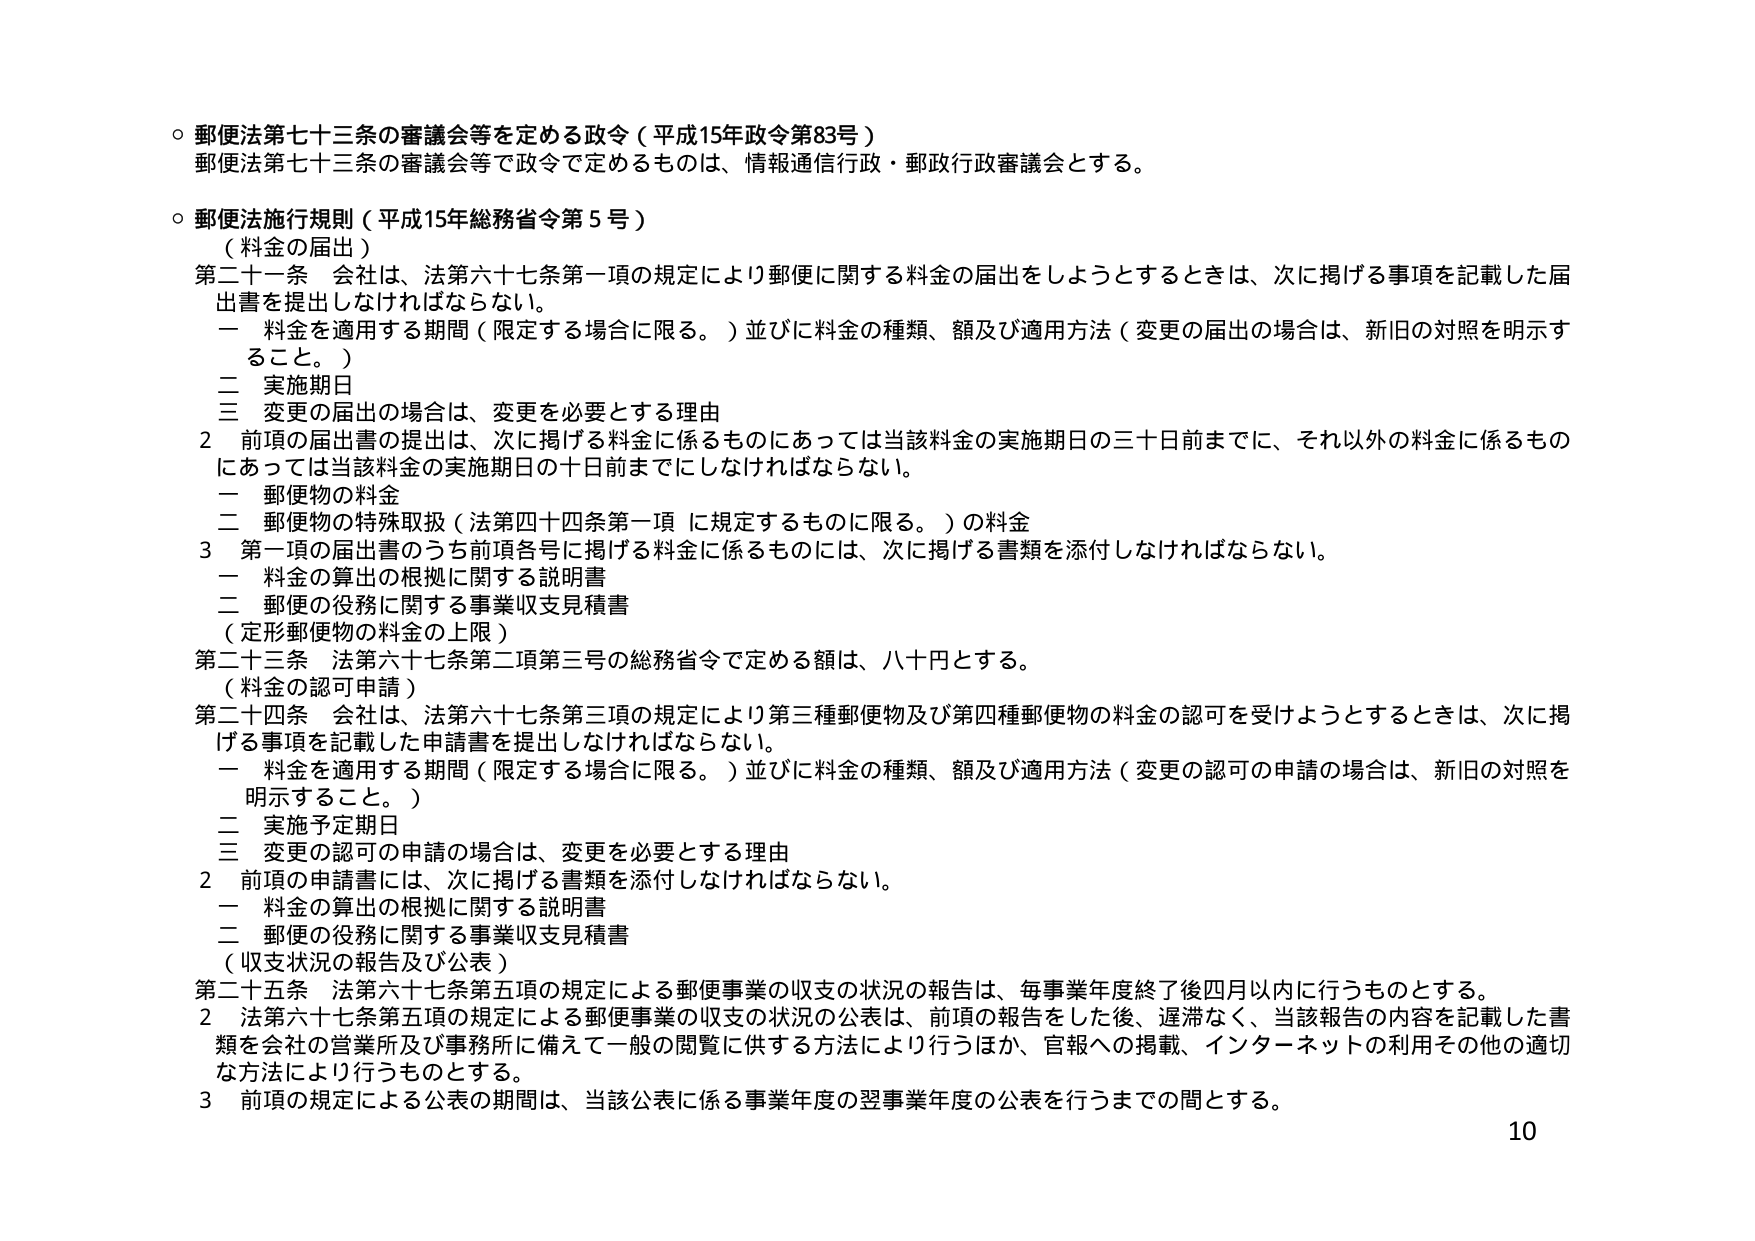
○ 郵便法第七十三条の審議会等を定める政令（平成15年政令第83号）
郵便法第七十三条の審議会等で政令で定めるものは、情報通信行政・郵政行政審議会とする。

○ 郵便法施行規則（平成15年総務省令第5号）
（料金の届出）
第二十一条 会社は、法第六十七条第一項の規定により郵便に関する料金の届出をしようとするときは、次に掲げる事項を記載した届出書を提出しなければならない。
　一 料金を適用する期間（限定する場合に限る。）並びに料金の種類、額及び適用方法（変更の届出の場合は、新旧の対照を明示すること。）
　二 実施期日
　三 変更の届出の場合は、変更を必要とする理由
2 前項の届出書の提出は、次に掲げる料金に係るものにあっては当該料金の実施期日の三十日前までに、それ以外の料金に係るものにあっては当該料金の実施期日の十日前までにしなければならない。
　一 郵便物の料金
　二 郵便物の特殊取扱（法第四十四条第一項に規定するものに限る。）の料金
3 第一項の届出書のうち前項各号に掲げる料金に係るものには、次に掲げる書類を添付しなければならない。
　一 料金の算出の根拠に関する説明書
　二 郵便の役務に関する事業収支見積書
（定形郵便物の料金の上限）
第二十三条 法第六十七条第二項第三号の総務省令で定める額は、八十円とする。
（料金の認可申請）
第二十四条 会社は、法第六十七条第三項の規定により第三種郵便物及び第四種郵便物の料金の認可を受けようとするときは、次に掲げる事項を記載した申請書を提出しなければならない。
　一 料金を適用する期間（限定する場合に限る。）並びに料金の種類、額及び適用方法（変更の認可の申請の場合は、新旧の対照を明示すること。）
　二 実施予定期日
　三 変更の認可の申請の場合は、変更を必要とする理由
2 前項の申請書には、次に掲げる書類を添付しなければならない。
　一 料金の算出の根拠に関する説明書
　二 郵便の役務に関する事業収支見積書
（収支状況の報告及び公表）
第二十五条 法第六十七条第五項の規定による郵便事業の収支の状況の報告は、毎事業年度終了後四月以内に行うものとする。
2 法第六十七条第五項の規定による郵便事業の収支の状況の公表は、前項の報告をした後、遅滞なく、当該報告の内容を記載した書類を会社の営業所及び事務所に備えて一般の閲覧に供する方法により行うほか、官報への掲載、インターネットの利用その他の適切な方法により行うものとする。
3 前項の規定による公表の期間は、当該公表に係る事業年度の翌事業年度の公表を行うまでの間とする。

10